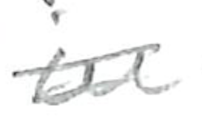
Text: in
Cross-out: double-line
Writing tool: pencil